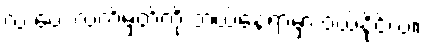
လ ပေး လက်မှတ်ကို ဘယ်နေရာမှာ ဝယ်နိုင်လဲ။